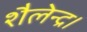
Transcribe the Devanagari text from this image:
शैलेन्द्र।